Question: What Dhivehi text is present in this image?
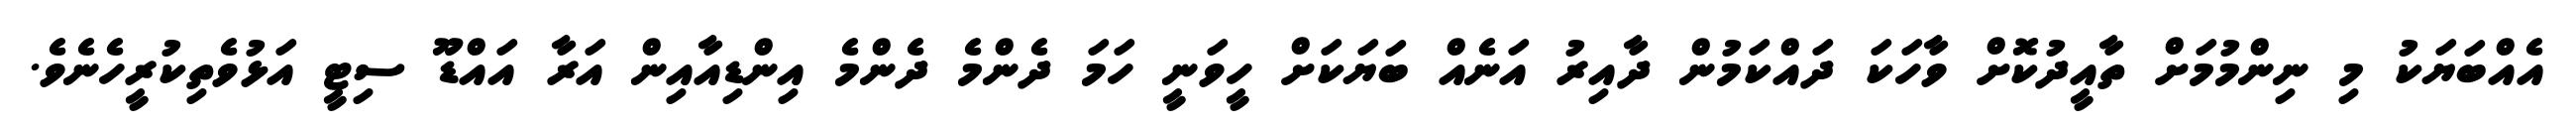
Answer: އެއްބަޔަކު މި ނިންމުމަށް ތާއީދުކޮށް ވާހަކަ ދައްކަމުން ދާއިރު އަނެއް ބަޔަކަށް ހީވަނީ ހަމަ ދެންމެ ދެންމެ އިންޑިއާއިން އަރާ އައްޑޫ ސިޓީ އަޅުވެތިކުރީހެނެވެ.